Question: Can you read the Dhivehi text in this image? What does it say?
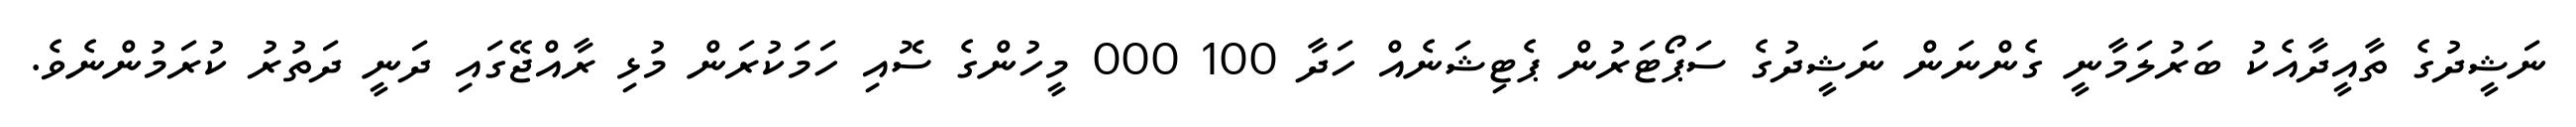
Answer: ނަޝީދުގެ ތާއީދާއެކު ބަރުލަމާނީ ގެންނަން ނަޝީދުގެ ސަޕޯޓަރުން ޕެޓިޝަނެއް ހަދާ 100 000 މީހުންގެ ސޮއި ހަމަކުރަން މުޅި ރާއްޖޭގައި ދަނީ ދަތުރު ކުރަމުންނެވެ.